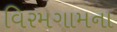
વિરમગામના